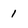
Character: 1